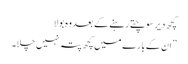
کچھ دیر سوچتے رہنے کے بعد وہ بولا
” ان کے بارے میں کچھ پتہ نہیں چلا۔